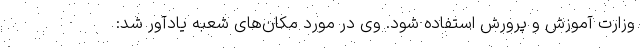
وزارت آموزش و پرورش استفاده شود. وی در مورد مکان‌های شعبه یادآور شد: